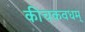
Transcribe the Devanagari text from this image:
कीचकवधम्